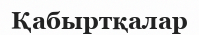
Қабыртқалар